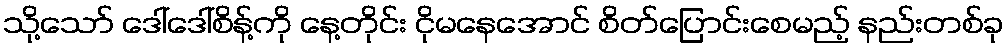
သို့သော် ဒေါ်ဒေါ်စိန့်ကို နေ့တိုင်း ငိုမနေအောင် စိတ်ပြောင်းစေမည့် နည်းတစ်ခု